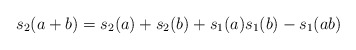
\begin{align*}s_2(a + b) = s_2(a) + s_2(b) + s_1(a)s_1(b) - s_1(ab) \end{align*}